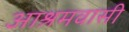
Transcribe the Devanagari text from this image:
आश्रमवासी